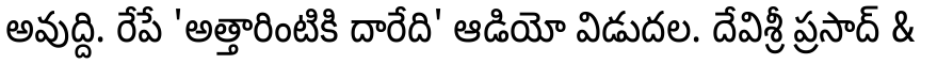
అవుద్ది. రేపే 'అత్తారింటికి దారేది' ఆడియో విడుదల. దేవిశ్రీ ప్రసాద్ &